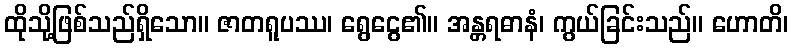
ထိုသို့ဖြစ်သည်ရှိသော။ ဇာတရူပဿ၊ ရွေငွေ၏။ အန္တရဓာနံ၊ ကွယ်ခြင်းသည်။ ဟောတိ၊